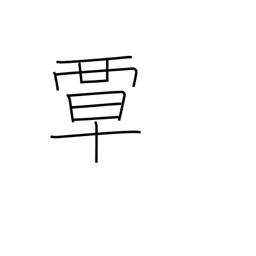
Meaning: extend